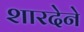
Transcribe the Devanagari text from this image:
शारदेने